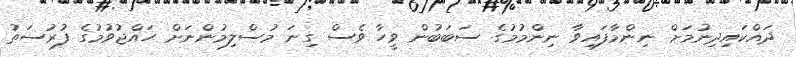
ދައްކައިދިނުމަށް ނިންމާފައިވާ ނިންމުމުގެ ސަބަބުން ވީހާ ވެސް ގިނަ މުސްލިމުންނަށް ހައްޖުވުމުގެ ފުރުސަތު